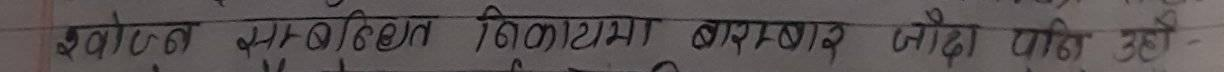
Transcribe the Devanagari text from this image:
स्वावलम्बी बचत विकासमा बचत जोड दिई अघि बढ्ने छौ ।